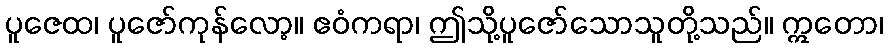
ပူဇေထ၊ ပူဇော်ကုန်လော့။ ဧဝံကရာ၊ ဤသို့ပူဇော်သောသူတို့သည်။ ဣတော၊